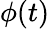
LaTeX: \phi(t)